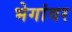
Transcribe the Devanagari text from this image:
भेगांवर